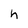
Character: h